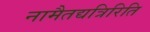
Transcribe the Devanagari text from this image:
नामैतद्यत्रिरिति